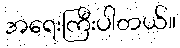
အရေးကြီးပါတယ်။